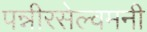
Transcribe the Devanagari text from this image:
पन्नीरसेल्वमनी